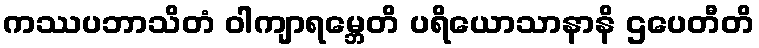
ကဿပဘာသိတံ ဝါကျာရမ္ဘေတိ ပရိယောသာနာနိ ဌပေတီတိ